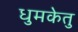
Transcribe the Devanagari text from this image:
धुमकेतु